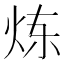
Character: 炼